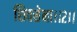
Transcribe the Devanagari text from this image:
शिवसेना।।२।।